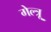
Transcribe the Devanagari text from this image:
गेल्त्रू